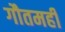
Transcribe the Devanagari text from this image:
गौतमही